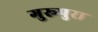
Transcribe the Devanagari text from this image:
गुरूपुरा